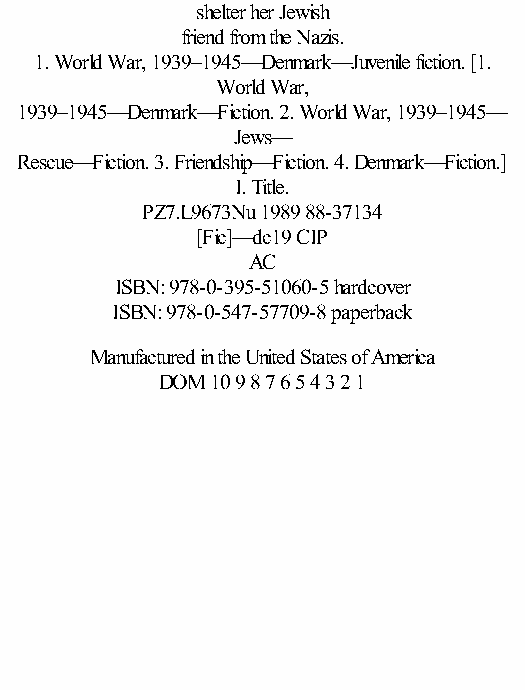
shelter her Jewish
 friend from the Nazis.
 1. World War, 1939–1945—Denmark—Juvenile fiction. [1.
 World War,
 1939–1945—Denmark—Fiction. 2. World War, 1939–1945—
 Jews—
 Rescue—Fiction. 3. Friendship—Fiction. 4. Denmark—Fiction.]
 I. Title.
 PZ7.L9673Nu 1989 88-37134
 [Fic]—dc19 CIP
 AC
 ISBN: 978-0-395-51060-5 hardcover
 ISBN: 978-0-547-57709-8 paperback
 Manufactured in the United States of America
 DOM 10 9 8 7 6 5 4 3 2 1